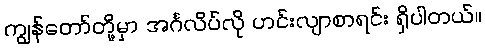
ကျွန်တော်တို့မှာ အင်္ဂလိပ်လို ဟင်းလျာစာရင်း ရှိပါတယ်။